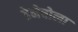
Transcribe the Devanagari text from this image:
डेनेबोला